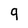
Character: q